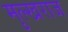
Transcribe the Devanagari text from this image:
मुल्खराज